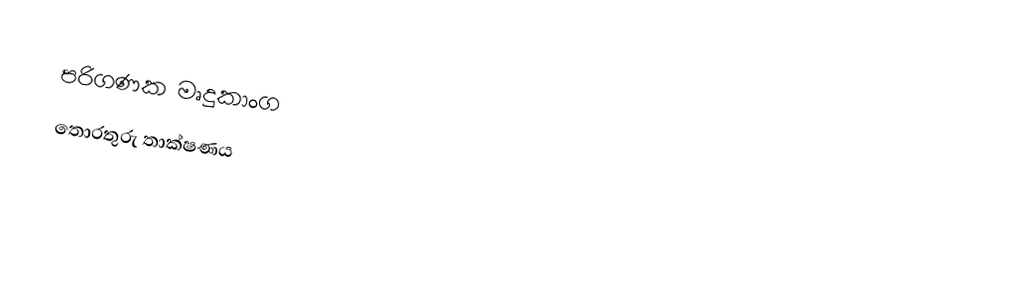
පරිගණක මෘදුකාංග
තොරතුරු තාක්ෂණය